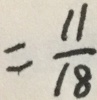
= \frac { 1 1 } { 1 8 }